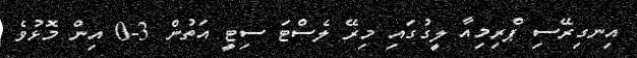
އިނގިރޭސި ޕްރިމިއާ ލީގުގައި މިރޭ ލެސްޓަ ސިޓީ އަތުން 3-0 އިން މޮޅުވެ